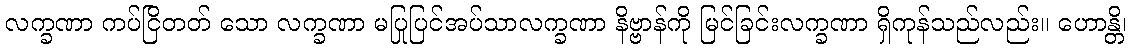
လက္ခဏာ ကပ်ငြိတတ် သော လက္ခဏာ မပြုပြင်အပ်သာလက္ခဏာ နိဗ္ဗာန်ကို မြင်ခြင်းလက္ခဏာ ရှိကုန်သည်လည်း။ ဟောန္တိ၊